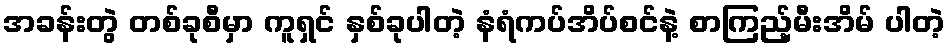
အခန်းတွဲ တစ်ခုစီမှာ ကူရှင် နှစ်ခုပါတဲ့ နံရံကပ်အိပ်စင်နဲ့ စာကြည့်မီးအိမ် ပါတဲ့